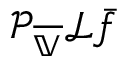
\mathcal { P } _ { \overline { { \mathbb { V } } } } \mathcal { L } \bar { f }